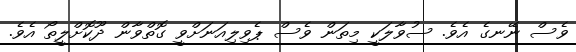
ވެސް ނޭނގެ އެވެ. ސުވާލަކީ މިތަން ވެސް ޕެވިލިއަނަށްވީ ގޮތްވާން ދޫކޮށްލީތޯ އެވެ.